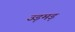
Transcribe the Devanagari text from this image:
उड़मड़